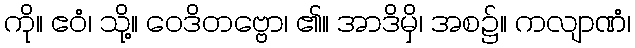
ကို။ ဧဝံ၊ သို့။ ဝေဒိတဗ္ဗော၊ ၏။ အာဒိမှိ၊ အစ၌။ ကလျာဏံ၊